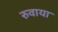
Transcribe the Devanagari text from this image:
रुवाया